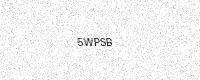
Text: 5WPSB